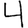
Digit: 4